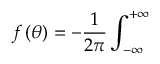
f \left( \theta \right) = - \frac { 1 } { 2 \pi } \int _ { - \infty } ^ { + \infty }